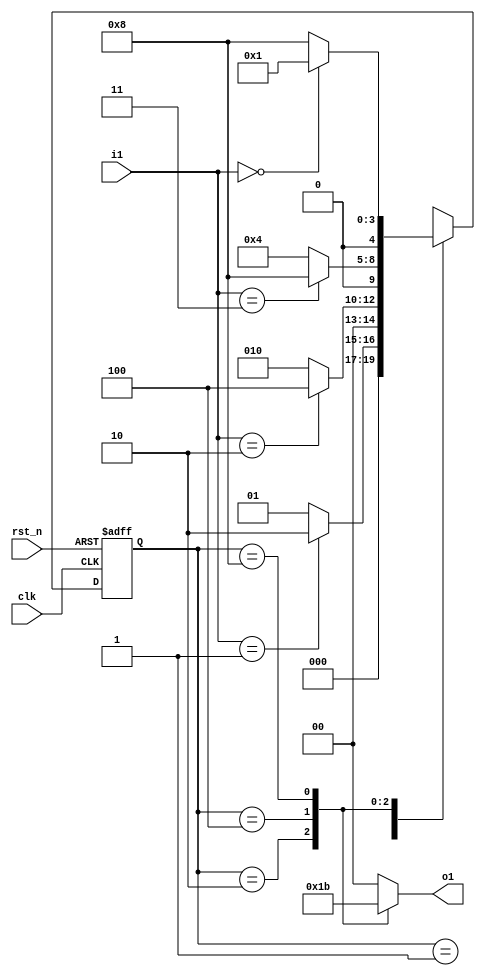
module controal(
		input clk,
		input rst_n,
		input [1:0] i1,      			//
		output reg[1:0]o1				//
);
parameter [4:0]    IDLE  = 5'b00001,    //
				   s1    = 5'b00010,
				   s2    = 5'b00100,
				   s3    = 5'b01000;		 
reg [4:0] state,next;
always @ (posedge clk or negedge rst_n)
begin
		if
			(~rst_n) state <= IDLE;
		else 
			state <= next;
end

always @(state or i1)
begin
		next = 5'bx;
		o1 = 2'b00;
		      case(state)
					IDLE:								//
						begin
							if(i1==2'b01) 
								next = s1;
							else 
								next = IDLE;
						   o1 <= 2'b00;
						end
					s1:									//
						begin
							if(i1==2'b10) 
									next = s2;
							else 
									next = s1;
					       o1 <= 2'b01;
						end
					s2:									//
						begin
					
							if(i1==2'b11) 
									next = s3;
							else 
									next = s2;
							 o1 <= 2'b10;
								
						end
					s3:									//
						begin
							if (i1==2'b00) 
								next = IDLE;
							else 
								next = s3;							
							o1 <= 2'b11;							
						end
				endcase
end
endmodule